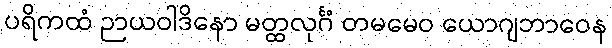
ပရိကထံ ဉာယဝါဒိနော မတ္ထလုင်္ဂံ တမမေဝ ယောဂျဘာဝေန